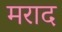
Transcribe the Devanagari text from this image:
मराद